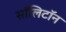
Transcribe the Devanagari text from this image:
सॉलिटॉन